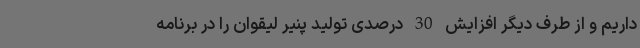
داریم و از طرف دیگر افزایش 30 درصدی تولید پنیر لیقوان را در برنامه